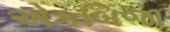
એકબિજા